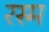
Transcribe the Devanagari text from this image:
रस्‍म